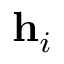
\mathbf { h } _ { i }